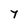
Character: 7